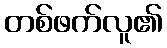
တစ်ဖက်လူ၏